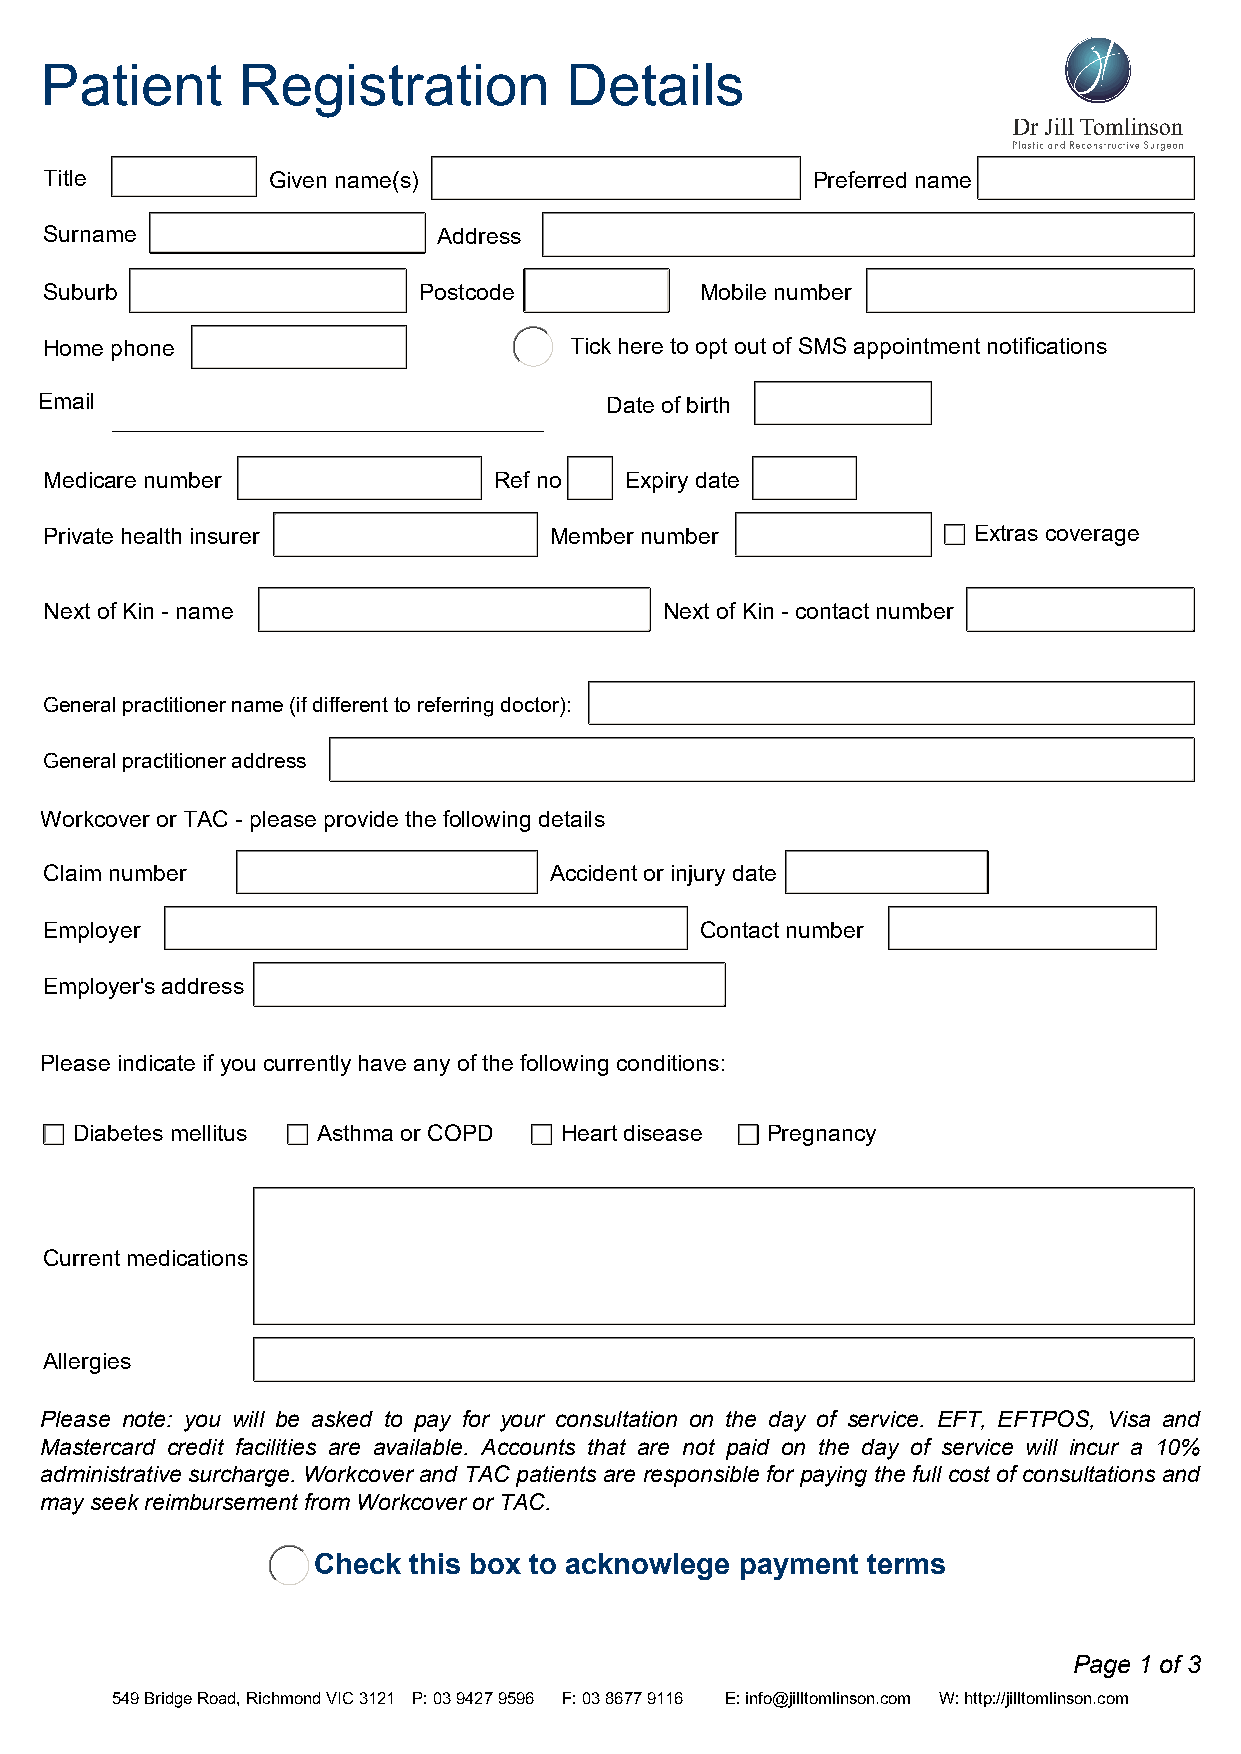
Patient      Registration         Details
 Title          Given name(s)                       Preferred name
 Surname                   Address
 Suburb                   Postcode          Mobile number
 Home phone                         Tick here to opt out of SMS appointment notifications
 Email                                 Date of birth
 Medicare number               Ref no  Expiry date
 Private health insurer           Member number               Extras coverage
 Next of Kin - name                       Next of Kin - contact number
 General practitioner name (if different to referring doctor):
 General practitioner address
 Workcover or TAC - please provide the following details
 Claim number                     Accident or injury date
 Employer                                   Contact number
 Employer's address
 Please indicate if you currently have any of the following conditions:
 Diabetes mellitus Asthma or COPD Heart disease Pregnancy
 Current medications
 Allergies
 Please note: you will be asked to pay for your consultation on the day of service. EFT, EFTPOS, Visa and
 Mastercard credit facilities are available. Accounts that are not paid on the day of service will incur a 10%
 administrative surcharge. Workcover and TAC patients are responsible for paying the full cost of consultations and
 may seek reimbursement from Workcover or TAC.
 Check this box to acknowlege payment terms
 Page 1 of 3
 549 Bridge Road, Richmond VIC 3121 P: 03 9427 9596 F: 03 8677 9116 E: info@jilltomlinson.com W: http://jilltomlinson.com